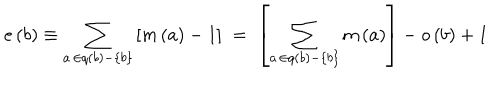
LaTeX: e \left( b \right) \equiv \sum _ { a \, \in q \left( b \right) - \left\{ b \right\} } \left[ m \left( a \right) - 1 \right] \; = \; \left[ \sum _ { a \, \in q \left( b \right) - \left\{ b \right\} } m \left( a \right) \right] - o \left( b \right) + 1